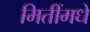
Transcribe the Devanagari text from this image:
मितींमधे